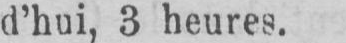
d’hui, 3 heures.